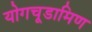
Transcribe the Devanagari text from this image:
योगचूडामिण